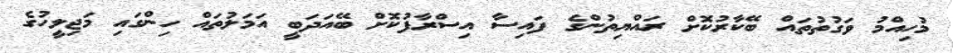
މުހިއްމު ވަގުތުތައް ބޭކާރުކޮށް ރައްޔިތުންގެ ފައިސާ އިސްރާފުކޮށް ބޭއަދަބީ އަމަލުތައް ހިންގައި މަޖިލީހުގެ